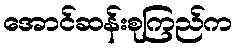
အောင်ဆန်းစုကြည်က